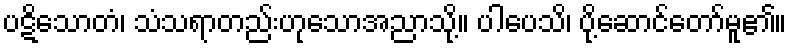
ပဋိသောတံ၊ သံသရာတည်းဟုသောအညာသို့။ ပါပေသိ၊ ပို့ဆောင်တော်မူ၏။